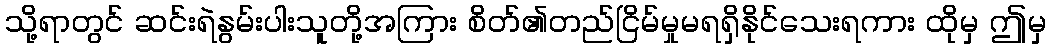
သို့ရာတွင် ဆင်းရဲနွမ်းပါးသူတို့အကြား စိတ်၏တည်ငြိမ်မှုမရရှိနိုင်သေးရကား ထိုမှ ဤမှ